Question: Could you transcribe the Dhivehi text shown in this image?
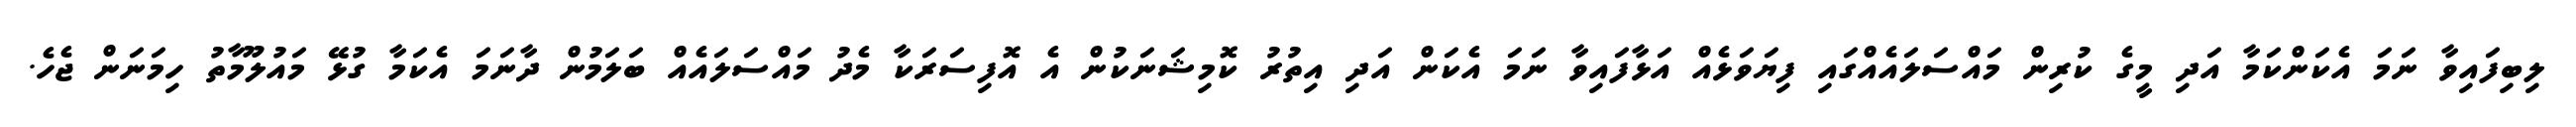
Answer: ލިބިފައިވާ ނަމަ އެކަންކަމާ އަދި މީގެ ކުރިން މައްސަލައެއްގައި ފިޔަވަޅެއް އަޅާފައިވާ ނަމަ އެކަން އަދި އިތުރު ކޮމިޝަނަކުން އެ އޮފިސަރަކާ މެދު މައްސަލައެއް ބަލަމުން ދާނަމަ އެކަމާ ގުޅޭ މައުލޫމާތު ހިމަނަން ޖެހެ.